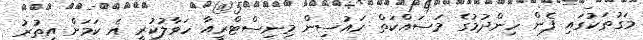
މަގުތަކުގައި ފެން ހިންދުމުގެ މަސައްކަތް ހައުސިން މިނިސްޓްރީއާ ހަވާލުކުރީ އެ ކަމަށް އިތުރު